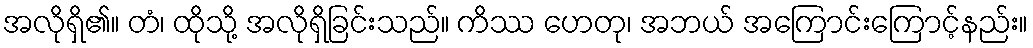
အလိုရှိ၏။ တံ၊ ထိုသို့ အလိုရှိခြင်းသည်။ ကိဿ ဟေတု၊ အဘယ် အကြောင်းကြောင့်နည်း။